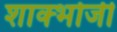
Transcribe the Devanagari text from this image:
शाक्भोजी